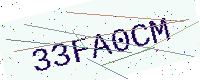
Text: 33FA0CM